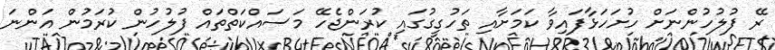
ރޭ ފުލުހުންނަށް ހުށަހަޅާފައިވާ ކަމަށާއި ތަހުގީގުގައި ކުރަންޖެހޭ މަސައްކަތްތައް ފުލުހުން ކުރަމުން އަންނަ